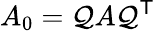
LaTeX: A_{0}=\mathcal{Q}A\mathcal{Q}^{\mathsf{{T}}}